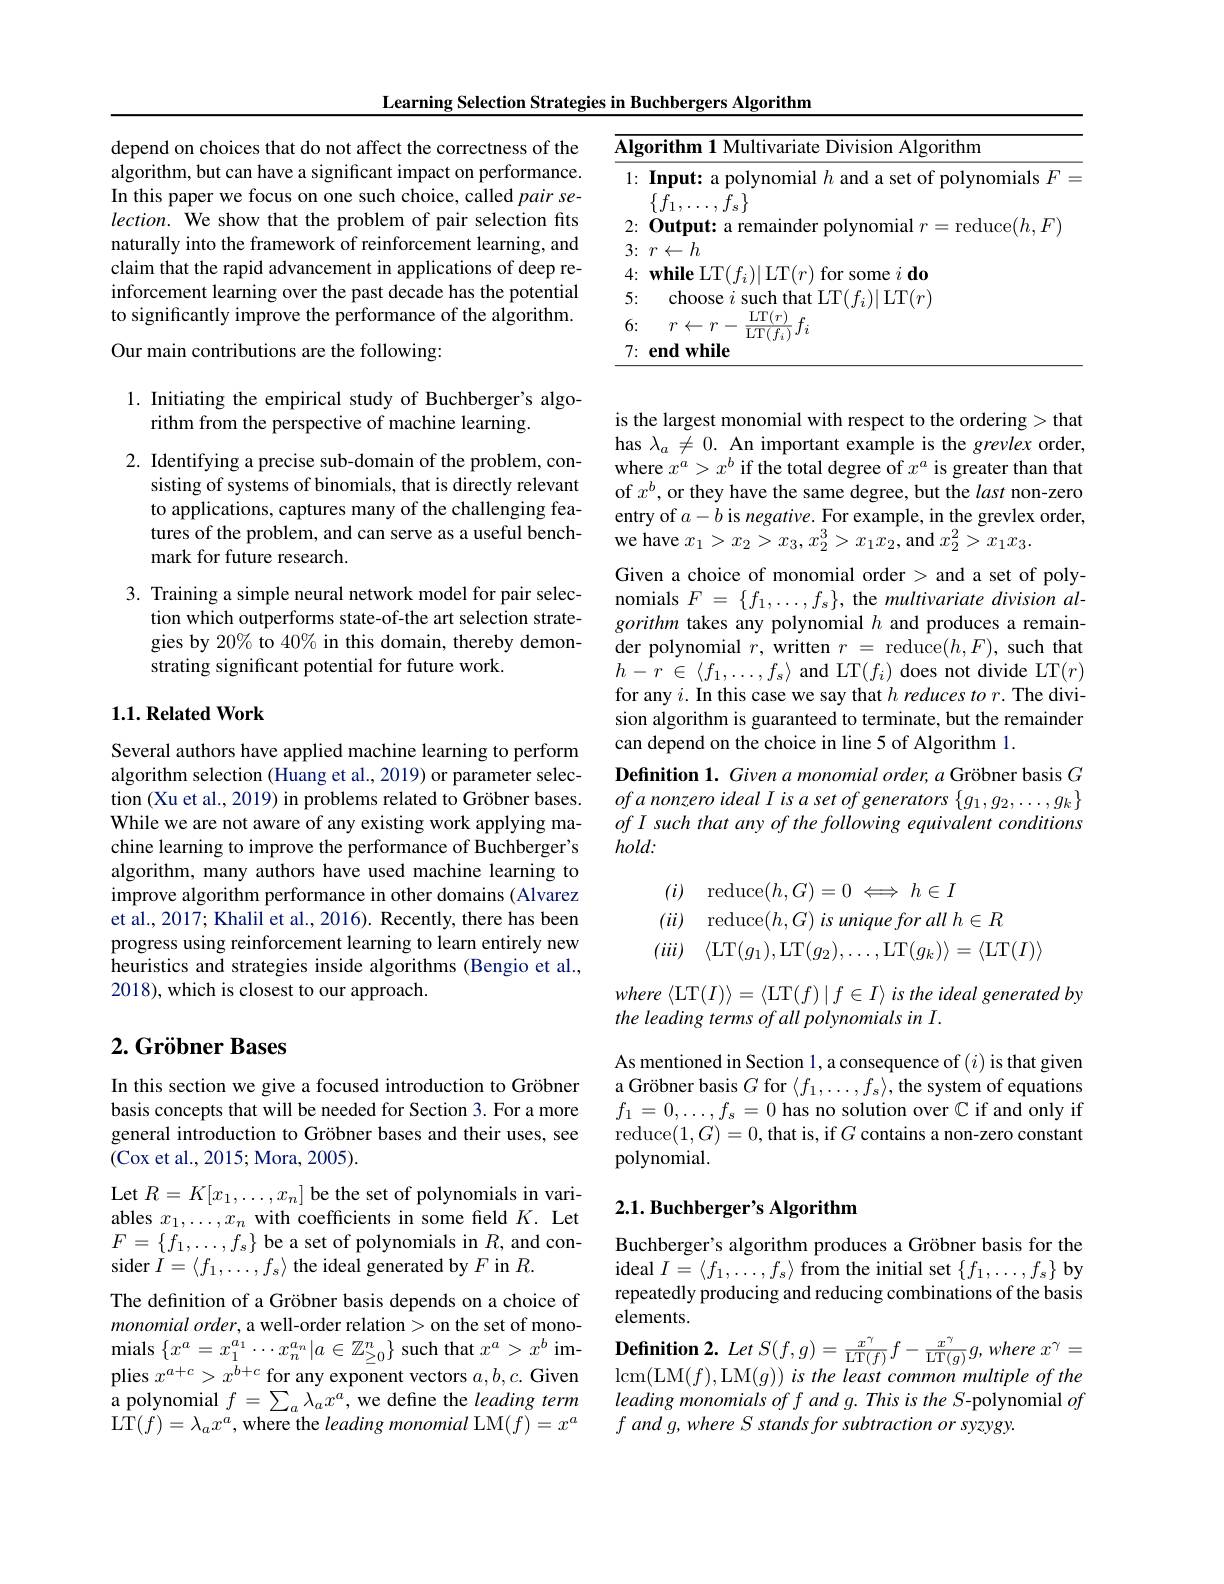
depend on choices that do not affect the correctness of the algorithm, but can have a significant impact on performance. In this paper we focus on one such choice, called pair selection. We show that the problem of pair selection fits naturally into the framework of reinforcement learning, and claim that the rapid advancement in applications of deep reinforcement learning over the past decade has the potential to significantly improve the performance of the algorithm.

Our main contributions are the following:

## 1. Initiating the empirical study of Buchberger's algorithm from the perspective of machine learning.

2. Identifying a precise sub-domain of the problem, con-
sisting of systems of binomials, that is directly relevant to applications, captures many of the challenging features of the problem, and can serve as a useful benchmark for future research.

3. Training a simple neural network model for pair selec-
tion which outperforms state-of-the art selection strategies by 20% to 40% in this domain, thereby demonstrating significant potential for future work.

## $1. 1. \textbf{Related Work}$

Several authors have applied machine learning to perform algorithm selection (Huang et al., 2019) or parameter selection (Xu et al., 2019) in problems related to Gröbner bases. While we are not aware of any existing work applying machine learning to improve the performance of Buchberger's algorithm, many authors have used machine learning to improve algorithm performance in other domains (Alvarez et al., 2017; Khalil et al., 2016). Recently, there has been progress using reinforcement learning to learn entirely new heuristics and strategies inside algorithms (Bengio et al., 2018),which is closest to our approach.

# $2. \text{Gr\"{o} bner Bases}$

In this section we give a focused introduction to Gröbner basis concepts that will be needed for Section 3. For a more general introduction to Gröbner bases and their uses, see (Cox et al., 2015; Mora, 2005).

Let $R=K[x_1,\ldots,x_n]$ be the set of polynomials in variables $x_1,\ldots,x_n$ with coefficients in some field $K.$ Let $F=\{f_1,\ldots,f_s\}$ be a set of polynomials in $R$, and consider $I=\langle f_1,\ldots,f_s\rangle$ the ideal generated by $F$ in $R.$

The defnition of a Gröbner basis depends on a choice of $monomialorder$, a well-order relation> on the set of mono- $\begin{array}{cc}\mathrm{mials~}\{x^a=x_1^{a_1}\cdots x_n^{a_n}|a\in\mathbb{Z}_{\geq0}^n\}\text{ such that }x^a>x^b\text{ im-}&\textbf{Definition 2. Let }S(f,g)=\frac{x^7}{\mathrm{LT}(f)}f-\frac{x^7}{\mathrm{LT}(g)}g,where\:x^7=\\\mathrm{plies~}x^{a+c}>x^{b+c}\text{ for any exponent vectors }a,b,c.\text{ Given}&\mathrm{lcm}(\mathrm{LM}(f),\mathrm{LM}(g))\:is\:the\:least\:\end{array}$
a polynomial $f=\sum_a\lambda_ax^a$, we define the leading term LT$(f)=\lambda_ax^a$,where the leading monomial LM$(f)=x^a$

Learning Selection Strategies in Buchbergers Algorithm
<table>
	<tbody>
		<tr>
			<td>$\overline{\mathbf{Alg}}$</td>
			<td>gorithm 1 Multivariate Division Algorithm</td>
		</tr>
		<tr>
			<td>4: 1 T</td>
			<td>while LT( $f_{:}$ some $i\textbf{do}$ . 1 $\left|i\right|=\left|i\right|$ for</td>
		</tr>
		<tr>
			<td>5: T 1</td>
			<td>choose $\textbf{t LT}( f_{i}) |$LT$(r)$</td>
		</tr>
		<tr>
			<td>6:</td>
			<td>$\mathcal{T}\cdot$</td>
		</tr>
		<tr>
			<td>7: T 1 $a$</td>
			<td>$\mathbf{endwhile}$</td>
		</tr>
	</tbody>
</table>

is the largest monomial with respect to the ordering > that has $\lambda_{a}\neq0.$ An important example is the grevlex order, where $x^a>x^b$ if the total degree of $x^a$ is greater than that of $x^b$, or they have the same degree, but the last non-zero entry of $a-b$ is negative. For example, in the grevlex order, we have $x_1>x_2>x_3,x_2^3>x_1x_2$, and $x_2^2>x_1x_3.$
Given a choice of monomial order > and a set of polynomials $F=\{f_1,\ldots,f_s\}$, the multivariate division algorithm takes any polynomial $h$ and produces a remainder polynomial $r$, written $r=$ reduce$(h,F)$, such that $h- r$ $\in$ $\langle f_{1}, \ldots , f_{s}\rangle$and LT$(f_{i})$ does not divide LT$(r)$ for any $i.$ In this case we say that $h\textit{reduces to r. The divi- }$ sion algorithm is guaranteed to terminate, but the remainder can depend on the choice in line 5 of Algorithm 1.
Definition 1. Given a monomial order, a Gröbner basis $G$ ofa nonzero ideal I is a set of generators $\{g_1,g_2,\ldots,g_k\}$ ofI such that any of the following equivalent conditions $hold:$
$$\begin{aligned}&(i)\quad\mathrm{reduce}(h,G)=0\iff h\in I\\&(ii)\quad\mathrm{reduce}(h,G)\:is\:unique\:for\:all\:h\in R\\&(iii)\quad\langle\mathrm{LT}(g_{1}),\mathrm{LT}(g_{2}),\ldots,\mathrm{LT}(g_{k})\rangle=\langle\mathrm{LT}(I)\rangle\end{aligned}$$
where $\langle$LT$(I)\rangle=\langle$LT$(f)\mid f\in I\rangle$ is the ideal generated by
the leading terms of all polynomials in I.

As mentioned in Section l, a consequence of $(i)$ is that given a Gröbner basis $G$ for $\langle f_1,\ldots,f_s\rangle$, the system of equations $f_1=0,\ldots,f_s=0$ has no solution over $\mathbb{C}$ if and only if reduce$(1,G)=0$,that is, if$G$ contains a non-zero constant polynomial.

## $2. 1. \textbf{Buchberger' s Algorithm}$

Buchberger's algorithm produces a Gröbner basis for the ideal $I=\langle f_{1},\ldots,f_{s}\rangle$ from the initial set $\{f_1,\ldots,f_{s}\}$ by repeatedly producing and reducing combinations of the basis elements.

leading monomials of f and g. This is the S-polynomial $of$
$fandg,whereS$ stands for subtraction or syzygy.